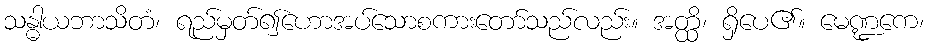
သန္ဓါယဘာသိတံ၊ ရည်မှတ်၍ဟောအပ်သောစကားတော်သည်လည်း။ အတ္ထိ၊ ရှိပေ၏။ မေဏ္ဍကေ၊